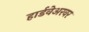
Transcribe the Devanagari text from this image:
हार्डवेअरवर